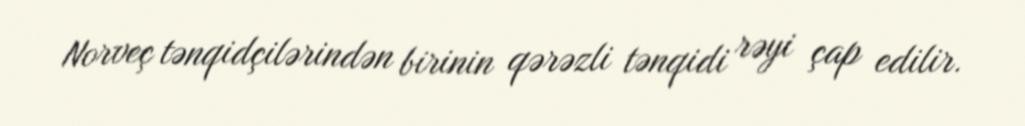
Norveç tənqidçilərindən birinin qərəzli tənqidi rəyi çap edilir.